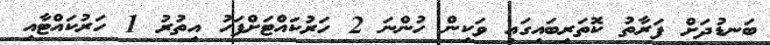
ބަނޑުދަށް ފަރާތު ކޮތަރިބައިގައި ވަކިން ހުންނަ 2 ހަރުކައްޓަށްފަހު އިތުރު 1 ހަރުކައްޓާއި